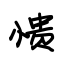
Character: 愦